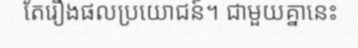
តែរឿងផលប្រយោជន៍។ ជាមួយគ្នានេះ